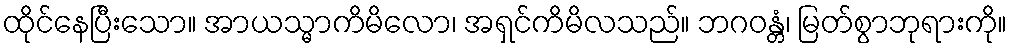
ထိုင်နေပြီးသော။ အာယသ္မာကိမိလော၊ အရှင်ကိမိလသည်။ ဘဂဝန္တံ၊ မြတ်စွာဘုရားကို။